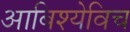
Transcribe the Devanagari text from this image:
आबिश्येविच